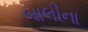
બાલીના